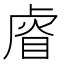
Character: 𥇨